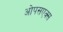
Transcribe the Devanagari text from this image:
ओपसएक्स